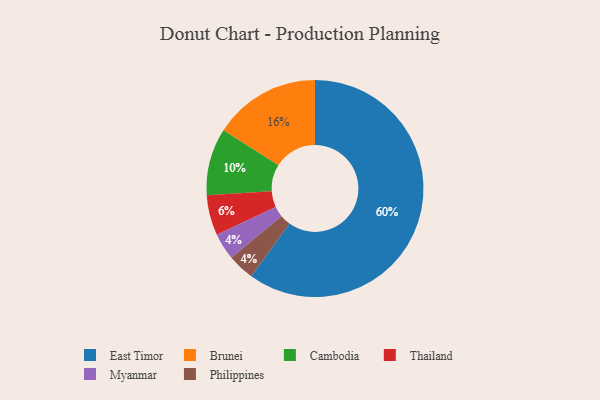
{"axis": {"x": "Category", "y": "Percentage"}, "legend": ["Brunei", "Cambodia", "East Timor", "Myanmar", "Philippines", "Thailand"], "data": [{"x": "East Timor", "y": 60, "type": "East Timor"}, {"x": "Cambodia", "y": 10, "type": "Cambodia"}, {"x": "Thailand", "y": 6, "type": "Thailand"}, {"x": "Brunei", "y": 16, "type": "Brunei"}, {"x": "Myanmar", "y": 4, "type": "Myanmar"}, {"x": "Philippines", "y": 4, "type": "Philippines"}]}